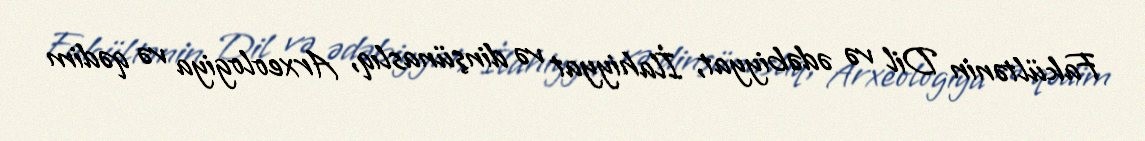
Fakültənin Dil və ədəbiyyat, İlahiyyat və dinşünaslıq, Arxeologiya və qədim